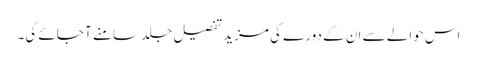
اس حوالے سے ان کے دورے کی مزید تفصیل جلد سامنے آ جائے گی۔